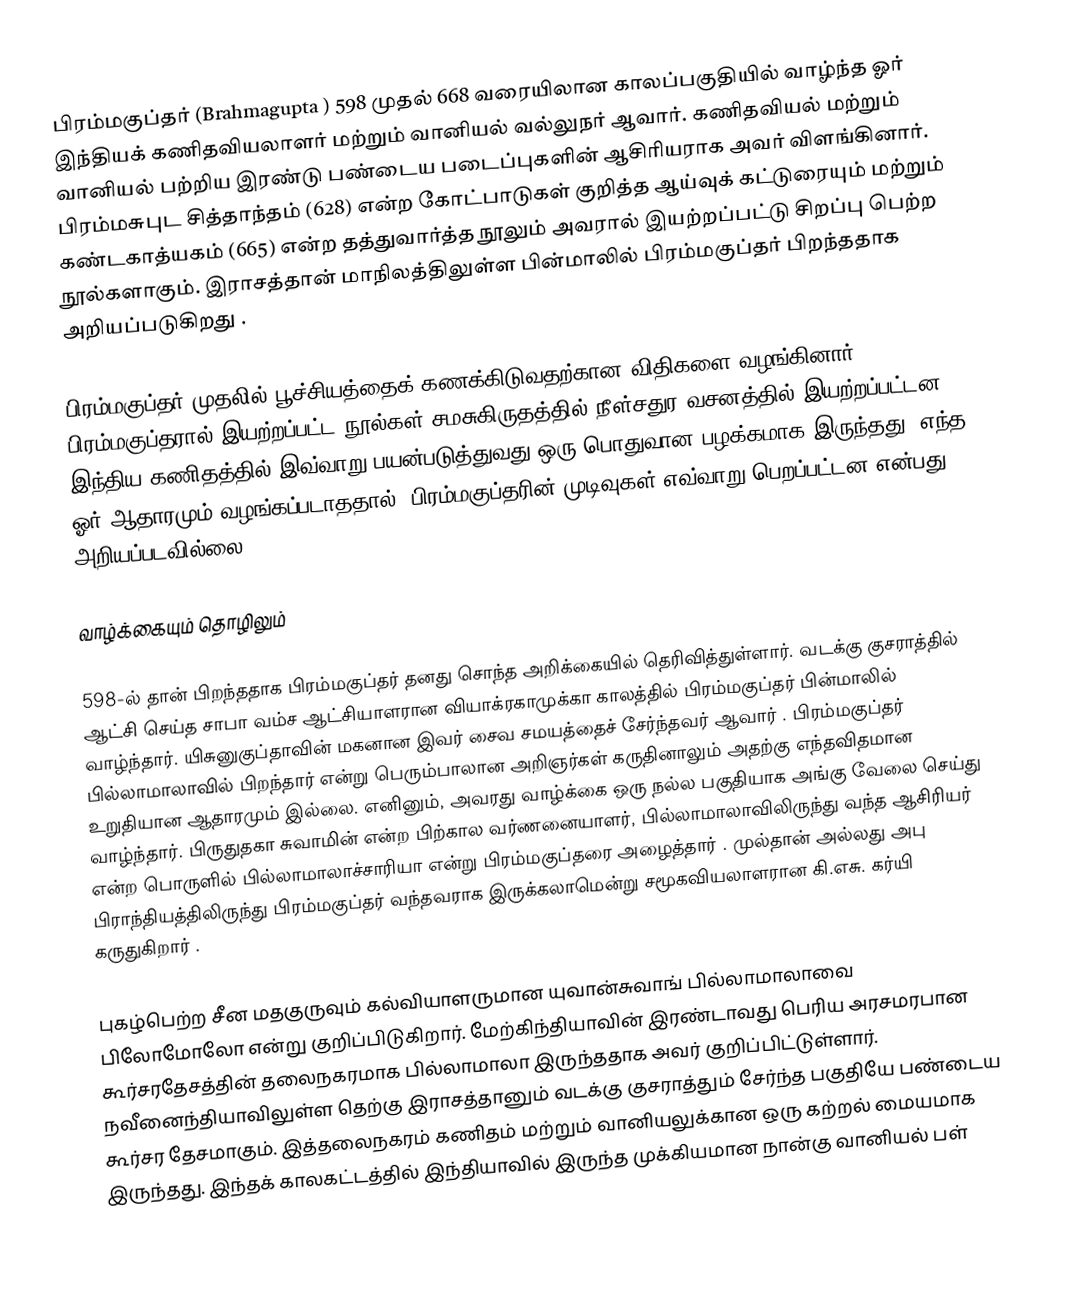
பிரம்மகுப்தர் (Brahmagupta ) 598 முதல் 668 வரையிலான காலப்பகுதியில் வாழ்ந்த  ஓர் இந்தியக் கணிதவியலாளர் மற்றும் வானியல் வல்லுநர் ஆவார். கணிதவியல் மற்றும் வானியல் பற்றிய இரண்டு பண்டைய படைப்புகளின் ஆசிரியராக அவர் விளங்கினார். பிரம்மசுபுட சித்தாந்தம் (628) என்ற கோட்பாடுகள் குறித்த ஆய்வுக் கட்டுரையும் மற்றும் கண்டகாத்யகம் (665) என்ற தத்துவார்த்த நூலும் அவரால் இயற்றப்பட்டு சிறப்பு பெற்ற நூல்களாகும். இராசத்தான் மாநிலத்திலுள்ள பின்மாலில் பிரம்மகுப்தர் பிறந்ததாக அறியப்படுகிறது .

பிரம்மகுப்தர் முதலில் பூச்சியத்தைக் கணக்கிடுவதற்கான விதிகளை வழங்கினார். பிரம்மகுப்தரால் இயற்றப்பட்ட நூல்கள் சமசுகிருதத்தில் நீள்சதுர வசனத்தில் இயற்றப்பட்டன. இந்திய கணிதத்தில் இவ்வாறு பயன்படுத்துவது ஒரு பொதுவான பழக்கமாக இருந்தது. எந்த ஓர் ஆதாரமும் வழங்கப்படாததால், பிரம்மகுப்தரின் முடிவுகள் எவ்வாறு பெறப்பட்டன என்பது அறியப்படவில்லை.

வாழ்க்கையும் தொழிலும்

598-ல் தான் பிறந்ததாக பிரம்மகுப்தர் தனது சொந்த அறிக்கையில் தெரிவித்துள்ளார். வடக்கு குசராத்தில் ஆட்சி செய்த சாபா வம்ச ஆட்சியாளரான வியாக்ரகாமுக்கா காலத்தில் பிரம்மகுப்தர் பின்மாலில் வாழ்ந்தார்.  யிசுனுகுப்தாவின் மகனான இவர் சைவ சமயத்தைச் சேர்ந்தவர் ஆவார் . பிரம்மகுப்தர் பில்லாமாலாவில் பிறந்தார் என்று பெரும்பாலான அறிஞர்கள் கருதினாலும் அதற்கு எந்தவிதமான உறுதியான ஆதாரமும் இல்லை. எனினும், அவரது வாழ்க்கை ஒரு நல்ல பகுதியாக  அங்கு வேலை செய்து வாழ்ந்தார். பிருதுதகா சுவாமின் என்ற பிற்கால வர்ணனையாளர், பில்லாமாலாவிலிருந்து வந்த ஆசிரியர் என்ற பொருளில் பில்லாமாலாச்சாரியா என்று பிரம்மகுப்தரை அழைத்தார் . முல்தான் அல்லது அபு பிராந்தியத்திலிருந்து பிரம்மகுப்தர் வந்தவராக இருக்கலாமென்று சமூகவியலாளரான கி.எசு. கர்யி கருதுகிறார் .

புகழ்பெற்ற சீன மதகுருவும் கல்வியாளருமான யுவான்சுவாங் பில்லாமாலாவை பிலோமோலோ என்று குறிப்பிடுகிறார். மேற்கிந்தியாவின் இரண்டாவது பெரிய அரசமரபான கூர்சரதேசத்தின் தலைநகரமாக பில்லாமாலா இருந்ததாக அவர் குறிப்பிட்டுள்ளார். நவீனைந்தியாவிலுள்ள தெற்கு இராசத்தானும் வடக்கு குசராத்தும் சேர்ந்த பகுதியே பண்டைய கூர்சர தேசமாகும். இத்தலைநகரம்  கணிதம் மற்றும் வானியலுக்கான ஒரு கற்றல் மையமாக இருந்தது. இந்தக் காலகட்டத்தில் இந்தியாவில் இருந்த முக்கியமான நான்கு வானியல் பள்